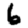
Digit: 6